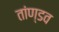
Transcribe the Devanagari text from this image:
तांण्डव